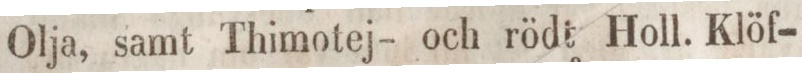
Olja, samt Thimotej- och rödt Holl. Klöf-